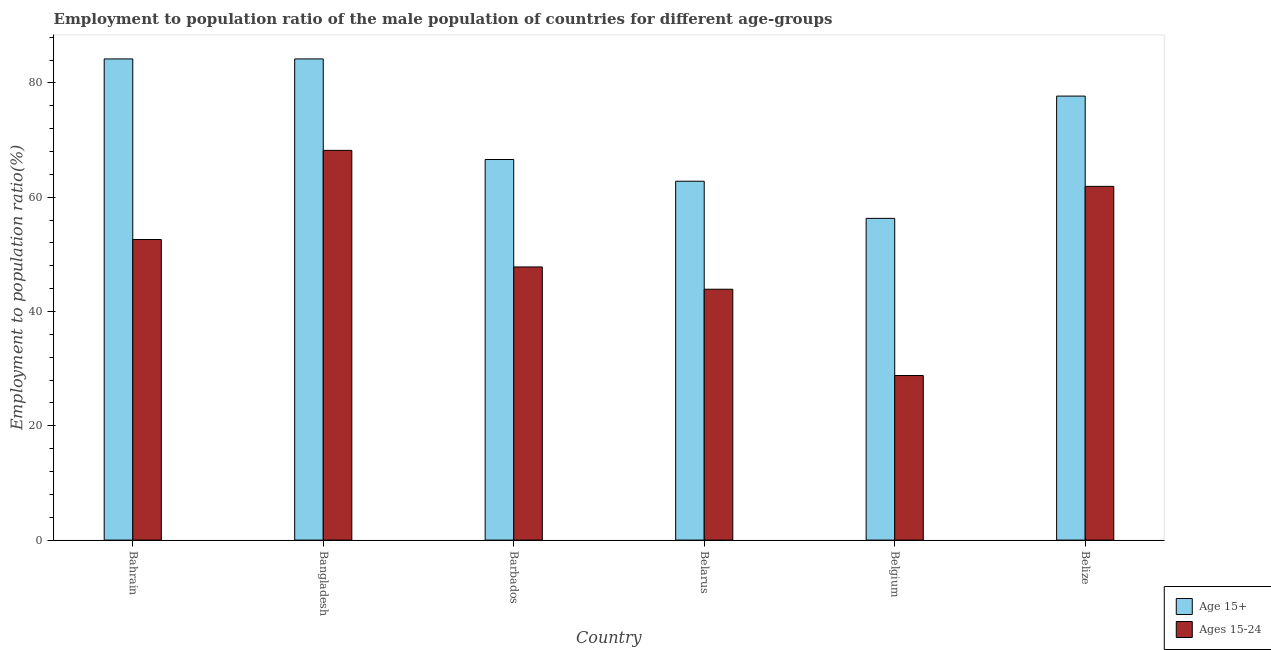
| Country | Age 15+ | Ages 15-24 |
 | --- | --- | --- |
 | Bahrain | 84.2 | 52.6 |
 | Bangladesh | 84.2 | 68.2 |
 | Barbados | 66.6 | 47.8 |
 | Belarus | 62.8 | 43.9 |
 | Belgium | 56.3 | 28.8 |
 | Belize | 77.7 | 61.9 |